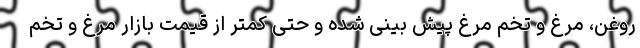
روغن، مرغ و تخم مرغ پیش بینی شده و حتی کمتر از قیمت بازار مرغ و تخم